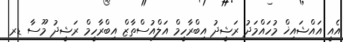
އެއީ އައްޝައިޚް މުހައްމަދު ރަޝީދު އިބްރާހީމް އަލްއުސްތާޒް އިބްރާހީމް ރަޝީދު މޫސާ ޑރ.